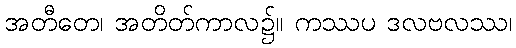
အတီတေ၊ အတိတ်ကာလ၌။ ကဿပ ဒလဗလဿ၊